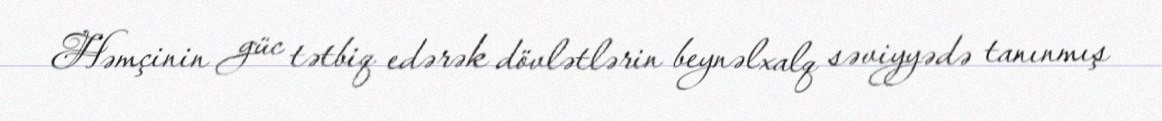
Həmçinin güc tətbiq edərək dövlətlərin beynəlxalq səviyyədə tanınmış